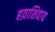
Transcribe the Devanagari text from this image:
हय़ाशिवाय